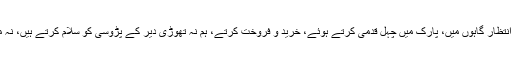
تقریبات میں، انتظار گاہوں میں، پارک میں چہل قدمی کرتے ہوئے، خرید و فروخت کرتے، ہم نہ تھوڑی دیر کے پڑوسی کو سلام کرتے ہیں، نہ مسکراتے ہیں۔